Civil Veterinary Department Bengal reports 1923-33 - 1923-1933
Year: 1923
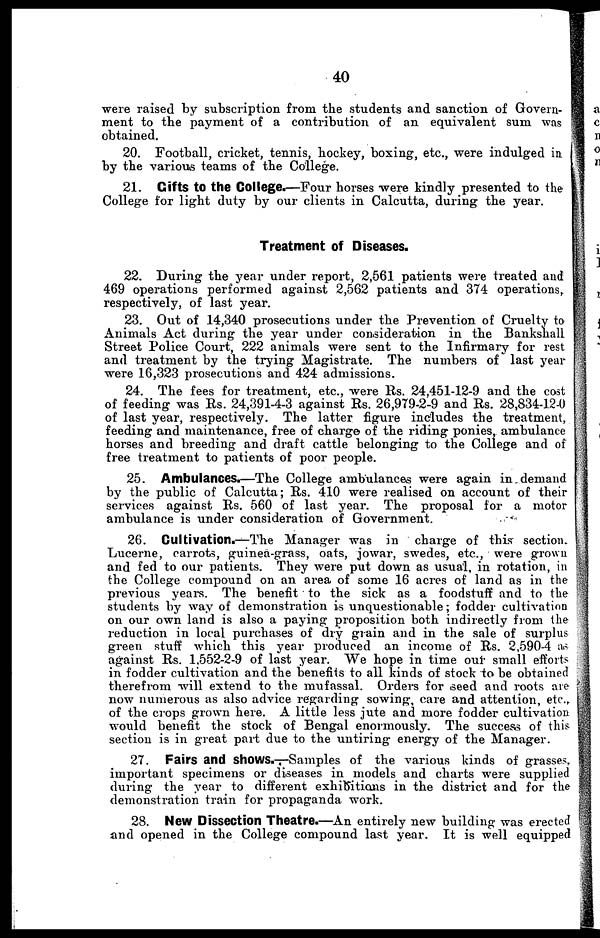
40
were raised by subscription from the students and sanction of Govern-
ment to the payment of a contribution of an equivalent sum was
obtained.
20. Football, cricket, tennis, hockey, boxing, etc., were indulged in
by the various teams of the College.
21. Gifts to the College.—Four horses were kindly presented to the
College for light duty by our clients in Calcutta, during the year.
Treatment of Diseases.
22. During the year under report, 2,561 patients were treated and
469 operations performed against 2,562 patients and 374 operations,
respectively, of last year.
23. Out of 14,340 prosecutions under the Prevention of Cruelty to
Animals Act during the year under consideration in the Bankshall
Street Police Court, 222 animals were sent to the Infirmary for rest
and treatment by the trying Magistrate. The numbers of last year
were 16,323 prosecutions and 424 admissions.
24. The fees for treatment, etc., were Rs. 24,451-12-9 and the cost
of feeding was Rs. 24,391-4-3 against Rs. 26,979-2-9 and Rs. 28,834-12-0
of last year, respectively. The latter figure includes the treatment,
feeding and maintenance, free of charge of the riding ponies ambulance
horses and breeding and draft cattle belonging to the College and of
free treatment to patients of poor people.
25. Ambulances.—The College ambulances were again in demand
by the public of Calcutta; Rs. 410 were realised on account of their
services against Rs. 560 of last year. The proposal for a motor
ambulance is under consideration of Government.
26. Cultivation.—The Manager was in charge of this section.
Lucerne, carrots, guinea-grass, oats, jowar, swedes, etc., were grown
and fed to our patients. They were put down as usual, in rotation, in
the College compound on an area of some 16 acres of land as in the
previous years. The benefit to the sick as a foodstuff and to the
students by way of demonstration is unquestionable; fodder cultivation
on our own land is also a paying proposition both indirectly from the
reduction in local purchases of dry grain and in the sale of surplus
green stuff which this year produced an income of Rs. 2,590-4 as
against Rs. 1,552-2-9 of last year. We hope in time our small efforts
in fodder cultivation and the benefits to all kinds of stock to be obtained
therefrom will extend to the mufassal. Orders for seed and roots are
now numerous as also advice regarding sowing, care and attention, etc.,
of the crops grown here. A little less jute and more fodder cultivation
would benefit the stock of Bengal enormously. The success of this
section is in great part due to the untiring energy of the Manager.
27. Fairs and shows.-Samples of the various kinds of grasses
important specimens or diseases in models and charts were supplied
during the year to different exhibitions in the district and for the
demonstration train for propaganda work.
28. New Dissection Theatre.—An entirely new building was erected
and opened in the College compound last year. It is well equipped